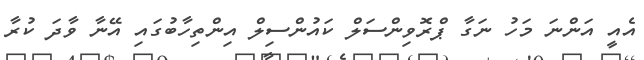
އެއީ އަންނަ މަހު ނަގާ ޕްރޮވިންސަލް ކައުންސިލް އިންތިހާބުގައި އޭނާ ވާދަ ކުރާ